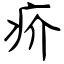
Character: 疥